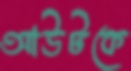
আউটকে